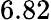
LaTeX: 6.82